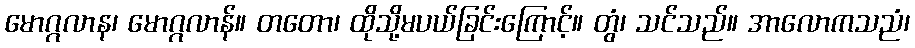
မောဂ္ဂလာန၊ မောဂ္ဂလာန်။ တတော၊ ထိုသို့မပယ်ခြင်းကြောင့်။ တွံ၊ သင်သည်။ အာလောကသညံ၊